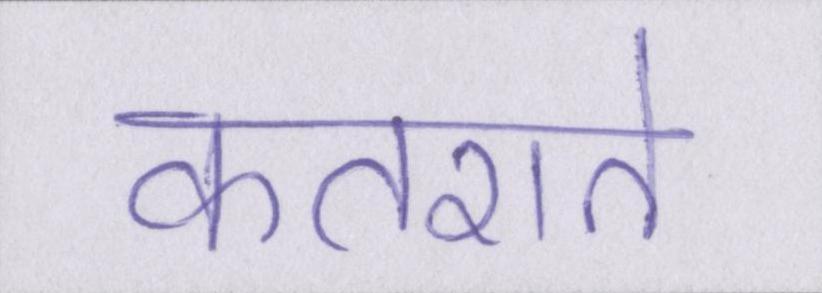
कतराते